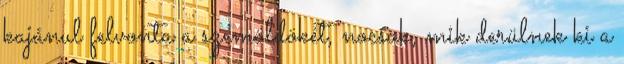
kajánul felvonta a szemöldökét, nocsak, mik derülnek ki a